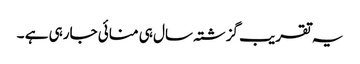
یہ تقریب گزشتہ سال ہی منائی جارہی ہے ۔